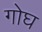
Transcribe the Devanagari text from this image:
गोघ